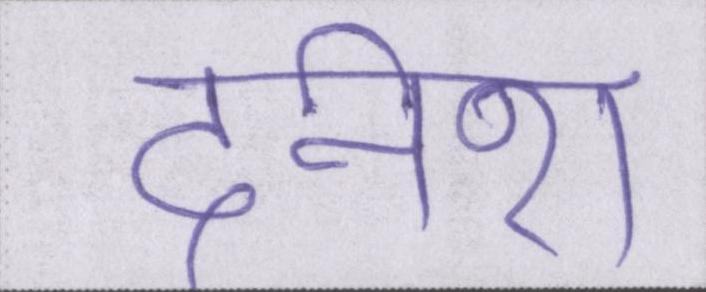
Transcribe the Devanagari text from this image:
दिनेश